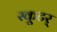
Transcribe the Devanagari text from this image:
स्कूटर्